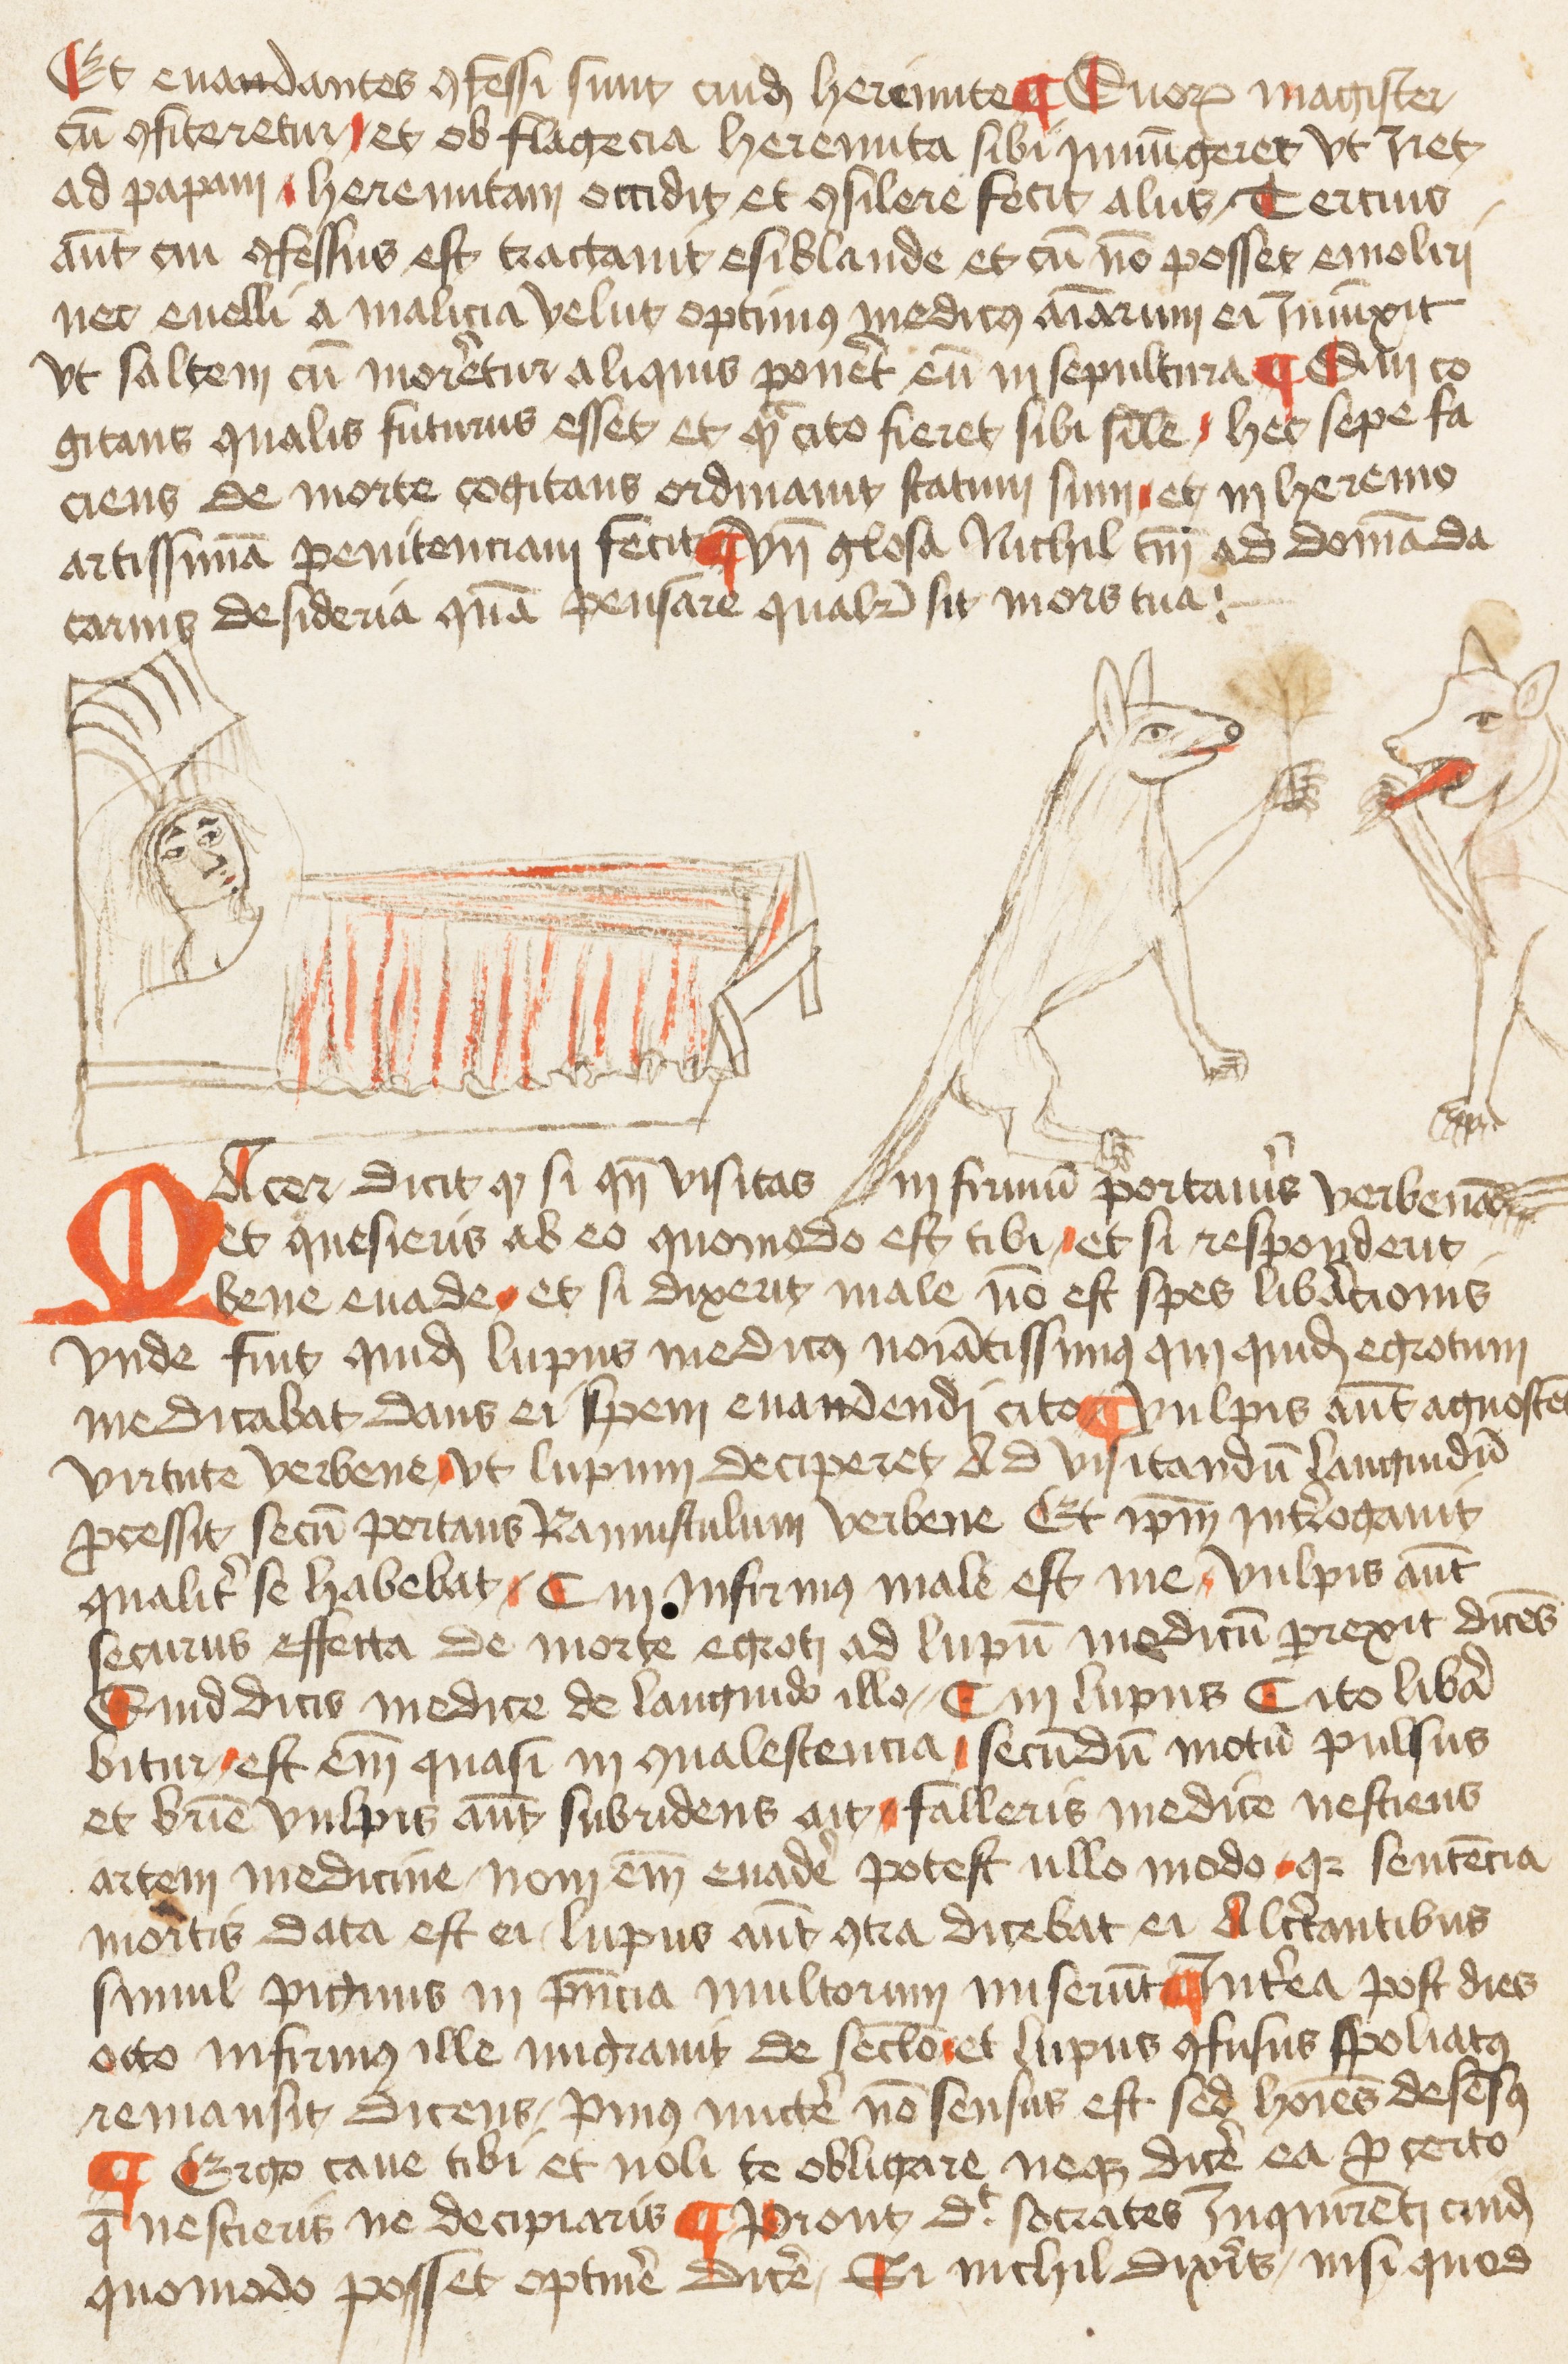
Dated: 1455–1455